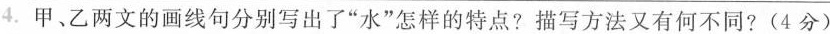
4.甲、乙两文的画线句分别写出了“水”怎样的特点?描写方法又有何不同?(4分)